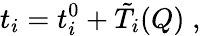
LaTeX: t_{i}=t_{i}^{0}+\tilde{T}_{i}(Q)\; ,